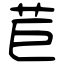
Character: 苣